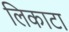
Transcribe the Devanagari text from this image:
लिकाटा